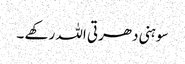
سوہنی دھرتی اللہ رکھے ۔